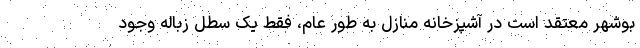
بوشهر معتقد است در آشپزخانه منازل به طور عام، فقط یک سطل زباله وجود